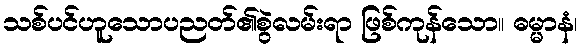
သစ်ပင်ဟူသောပညတ်၏စွဲလမ်းရာ ဖြစ်ကုန်သော။ ဓမ္မာနံ၊